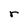
Character: r